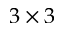
3 \times { } 3